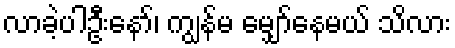
လာခဲ့ပါဦးနော်၊ ကျွန်မ မျှော်နေမယ် သိလား